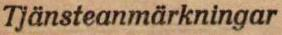
Tjänsteanmärkningar